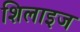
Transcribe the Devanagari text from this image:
शिलाइज